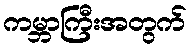
ကမ္ဘာကြီးအတွက်